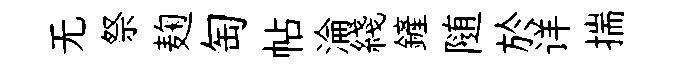
无祭麹匋帖淪綫鏟随於详揣